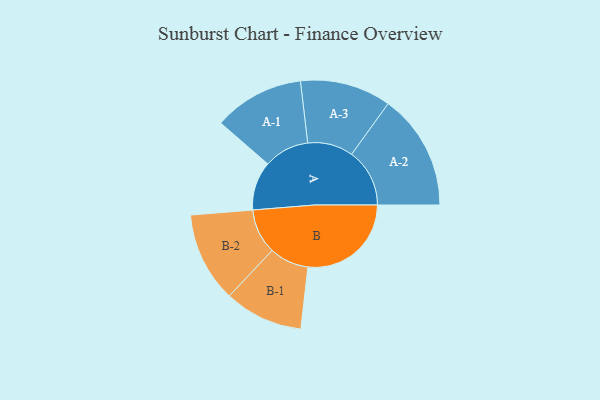
{"axis": {"x": "Segment", "y": "Value"}, "legend": ["", "A", "B"], "data": [{"x": "A", "y": 207, "type": ""}, {"x": "B", "y": 438, "type": ""}, {"x": "A-1", "y": 192, "type": "A"}, {"x": "A-2", "y": 246, "type": "A"}, {"x": "A-3", "y": 193, "type": "A"}, {"x": "B-1", "y": 167, "type": "B"}, {"x": "B-2", "y": 191, "type": "B"}]}